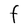
Character: F